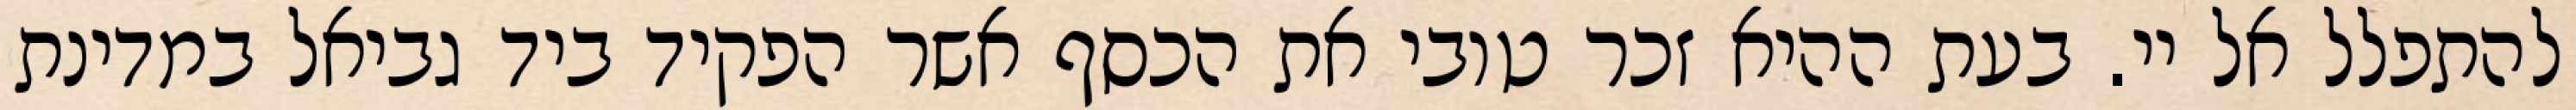
להתפלל אל יי. בעת ההיא זכר טובי את הכסף אשר הפקיד ביד גביאל במדינת